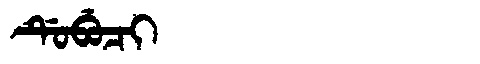
Manchu: ᡩᡠᠪᡠᠴᡳ
Romanization: DUBUCI